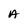
Character: A